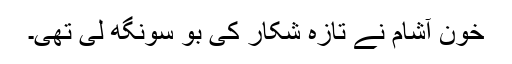
خون آشام نے تازہ شکار کی بو سونگھ لی تھی۔